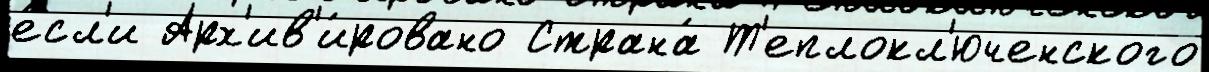
е́сл'и Арх'ив'и́ровано Страна́ Т'еплокл'юченского